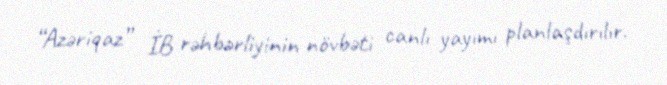
“Azəriqaz” İB rəhbərliyinin növbəti canlı yayımı planlaşdırılır.